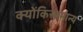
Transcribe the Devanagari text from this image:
क्योंकिसामान्य